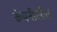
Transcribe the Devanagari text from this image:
कंपनीवरील